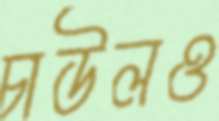
চাউলও